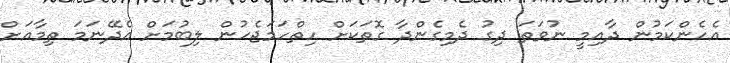
އެހެންކަމުން ދާއިމީ ނުވަތަ ދިގު ދެމިގެންދާ ގޮތަކަށް ހިތްހަމަޖެހުން ލިބުމަށް އެދޭނަމަ ތިމާއަށް